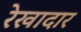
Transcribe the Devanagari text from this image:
रेखादार